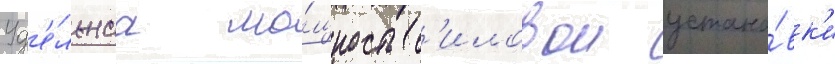
Уд'е́льнаа мо́щность с'иловои устано́вк'и